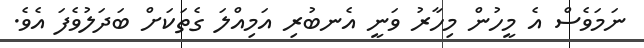
ނަމަވެސް އެ މީހުން މިހާރު ވަނީ އެނބުރި އަމިއްލަ ގެތަކަށް ބަދަލުވެފަ އެވެ.